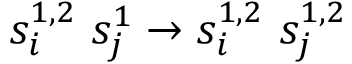
s _ { i } ^ { 1 , 2 } \ s _ { j } ^ { 1 } \to s _ { i } ^ { 1 , 2 } \ s _ { j } ^ { 1 , 2 }